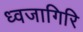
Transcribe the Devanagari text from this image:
ध्वजागिरि